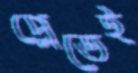
প্লেতেই